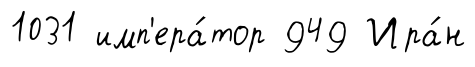
1031 имп'ера́тор 949 Ира́н